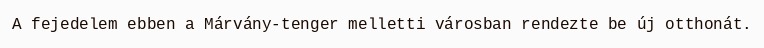
A fejedelem ebben a Márvány-tenger melletti városban rendezte be új otthonát.